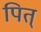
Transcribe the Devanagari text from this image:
पित्